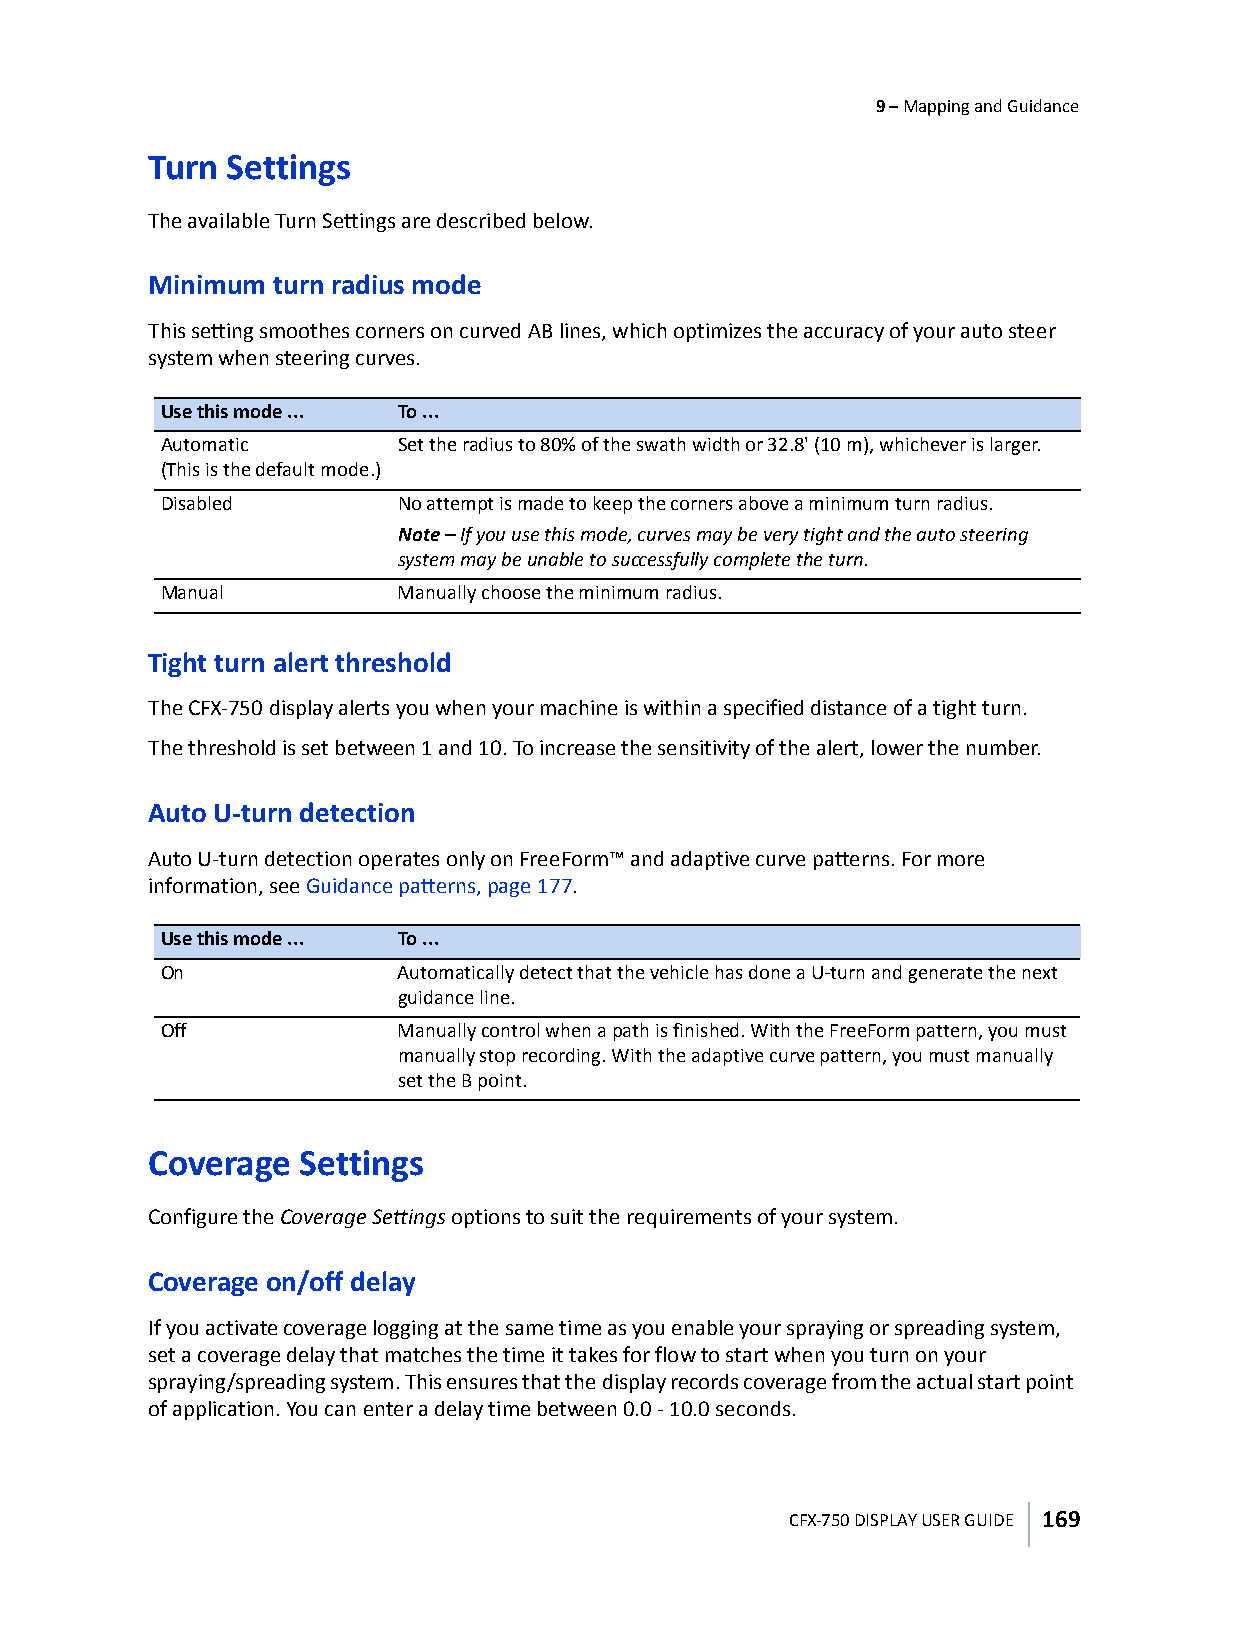
9 – Mapping and Guidance
 Turn Settings
 The available Turn Settings are described below.
 Minimum turn radius mode
 This setting smoothes corners on curved AB lines, which optimizes the accuracy of your auto steer
 system when steering curves.
 Use this mode ... To ...
 Automatic      Set the radius to 80% of the swath width or 32.8' (10 m), whichever is larger.
 (This is the default mode.)
 Disabled       No attempt is made to keep the corners above a minimum turn radius.
 Note – If you use this mode, curves may be very tight and the auto steering
 system may be unable to successfully complete the turn.
 Manual         Manually choose the minimum radius.
 Tight turn alert threshold
 The CFX-750 display alerts you when your machine is within a specified distance of a tight turn.
 The threshold is set between 1 and 10. To increase the sensitivity of the alert, lower the number.
 Auto U-turn detection
 Auto U-turn detection operates only on FreeForm™ and adaptive curve patterns. For more
 information, see Guidance patterns, page177.
 Use this mode ... To ...
 On             Automatically detect that the vehicle has done a U-turn and generate the next
 guidance line.
 Off            Manually control when a path is finished. With the FreeForm pattern, you must
 manually stop recording. With the adaptive curve pattern, you must manually
 set the B point.
 Coverage  Settings
 Configure the Coverage Settings options to suit the requirements of your system.
 Coverage on/off delay
 If you activate coverage logging at the same time as you enable your spraying or spreading system,
 set a coverage delay that matches the time it takes for flow to start when you turn on your
 spraying/spreading system. This ensures that the display records coverage from the actual start point
 of application. You can enter a delay time between 0.0 - 10.0 seconds.
 CFX-750 DISPLAY USER GUIDE 169